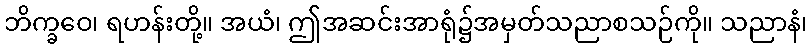
ဘိက္ခဝေ၊ ရဟန်းတို့။ အယံ၊ ဤအဆင်းအာရုံ၌အမှတ်သညာစသဉ်ကို။ သညာနံ၊